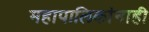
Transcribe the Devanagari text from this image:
महापालिकांनाही